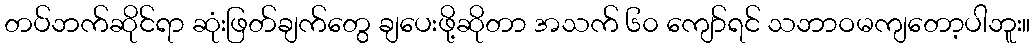
တပ်ဘက်ဆိုင်ရာ ဆုံးဖြတ်ချက်တွေ ချပေးဖို့ဆိုတာ အသက် ၆၀ ကျော်ရင် သဘာဝမကျတော့ပါဘူး။